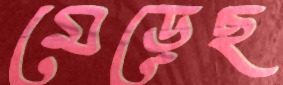
মেড়েছ